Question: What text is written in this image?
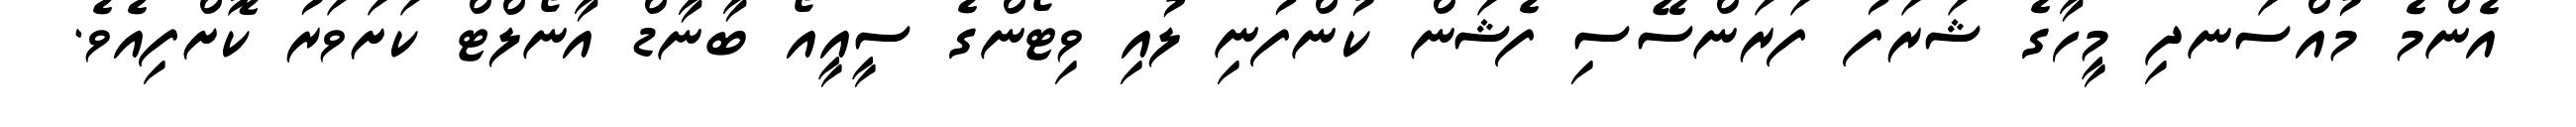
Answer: އެންމެ މުއްސަނދި މީހާގެ ޝަރަފު ފަރަންސޭސި ފެޝަން ކުންފުނި ލުއި ވިޓޯންގެ ސީއީއޯ ބާނާޑް އާނޯލްޓް ކަށަވަރު ކޮށްފިއެވެ.